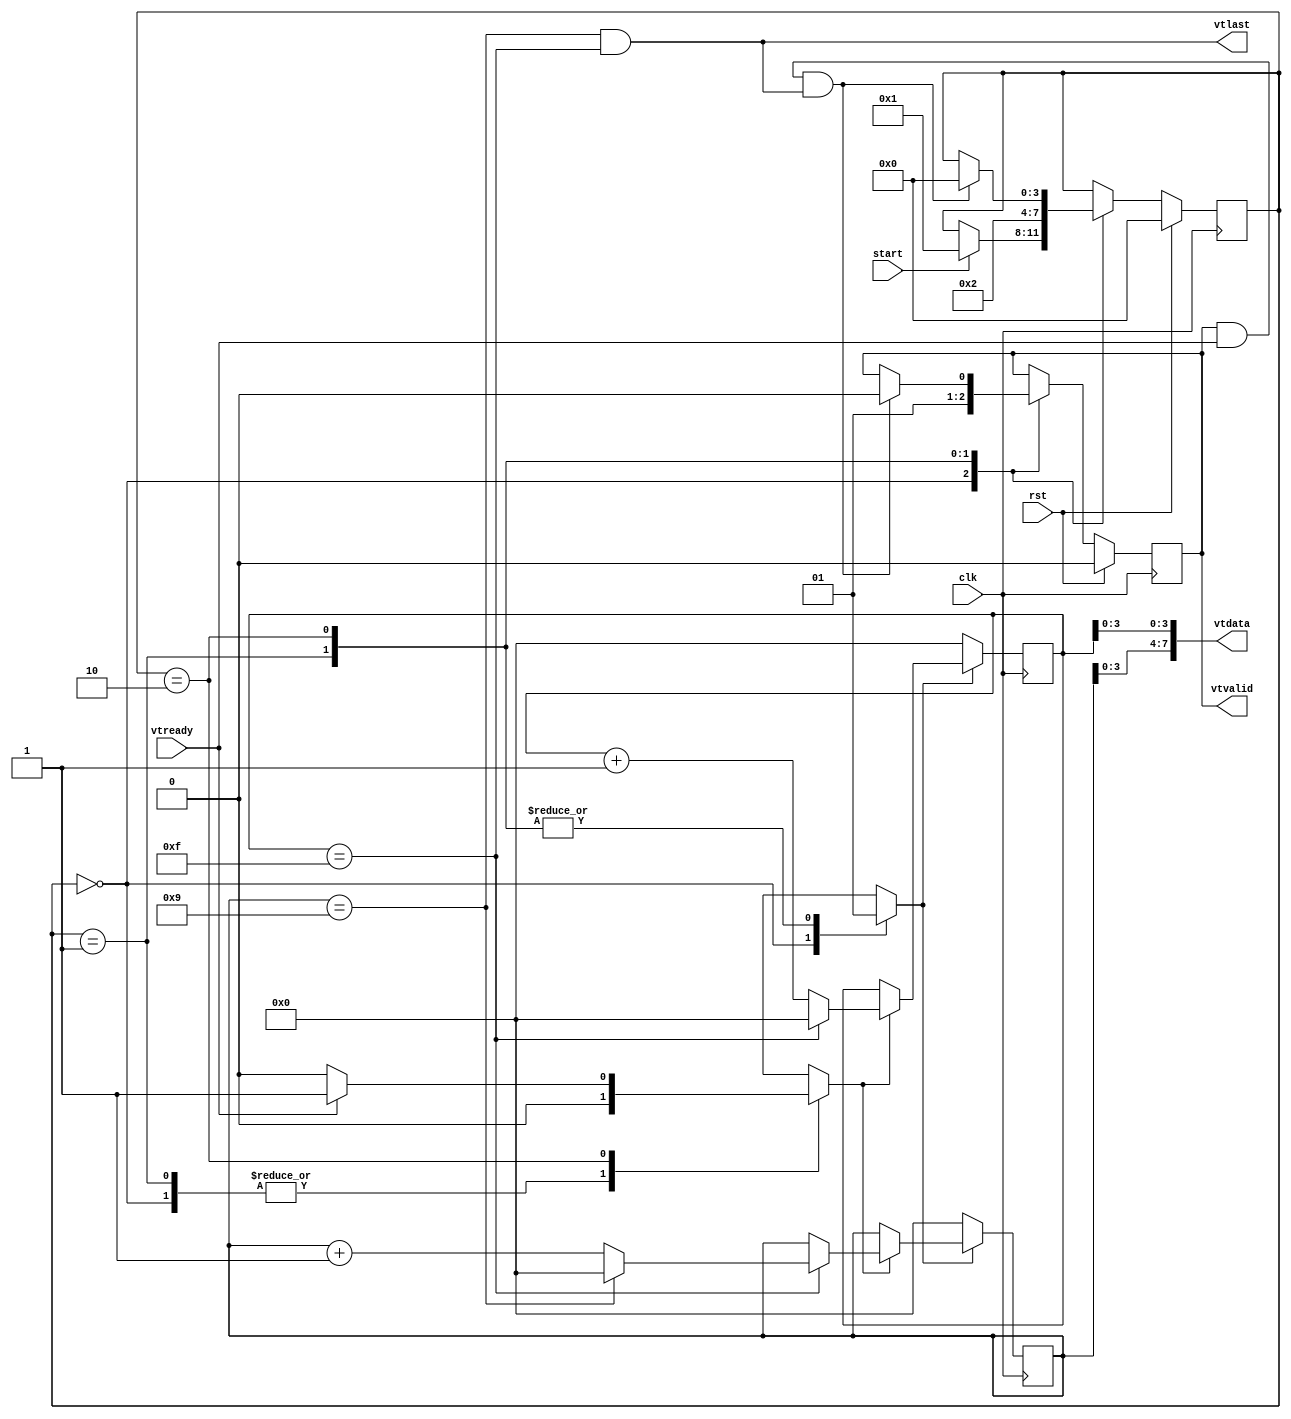
`timescale 1ns / 1ps

module sim_video
(
    input clk,rst,start,
    output [7:0] vtdata,
    output reg vtvalid,
    output vtlast,
    input vtready
);



reg [9:0] wx,wy;

assign vtdata = {wy[3:0],wx[3:0]};
assign vtlast = wy==9 && wx==15;


localparam IDLE = 0,
           INIT = 1, 
           WORK = 2;
localparam pipeLatency = 5;

reg cnt_en,cnt_rstn;
reg [3:0] state;


reg[3:0] init_cnt;
always @ (posedge clk) begin
    if(rst) begin
        state <= 0;
        vtvalid <= 0;
        init_cnt <= 0;
    end
    else begin
        case(state)
            IDLE:begin
                init_cnt <= 0;
                vtvalid <= 0;
                if(start) begin
                    state <= INIT;
                end
            end
            INIT:begin
                    state <= WORK;
                    vtvalid <= 1;
            end
            WORK:begin
                if(vtvalid && vtready && vtlast) begin
                    vtvalid <= 0;
                    state <= IDLE;
                end
            end
        endcase
    end
end
always @ * begin
    case(state) 
        IDLE: begin
            cnt_en = 0;
            cnt_rstn = 0;
        end
        INIT: begin
            cnt_en = 0;
            cnt_rstn = 1;
        end
        WORK: begin
            cnt_en = vtready? 1 : 0;
            cnt_rstn = 1;
        end
        default: begin
            cnt_en = 1'bx;
            cnt_rstn = 1'bx;
        end
    endcase
    
end

always @(posedge clk) begin
    if(!cnt_rstn) begin
        wy <= 0;
        wx <= 0;
    end
    else if(cnt_en) begin
        wx <= (wx==15)? 0 : wx+1;
        if(wx==15)
            wy <= (wy==9)? 0 : wy+1;
    end
end




endmodule